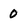
Character: 0